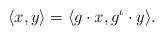
LaTeX: \begin{align*} \langle x, y \rangle = \langle g\cdot x, g^\iota \cdot y \rangle.\end{align*}